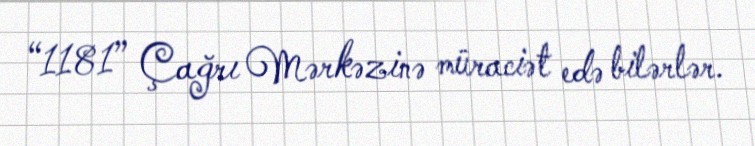
“1181” Çağrı Mərkəzinə müraciət edə bilərlər.